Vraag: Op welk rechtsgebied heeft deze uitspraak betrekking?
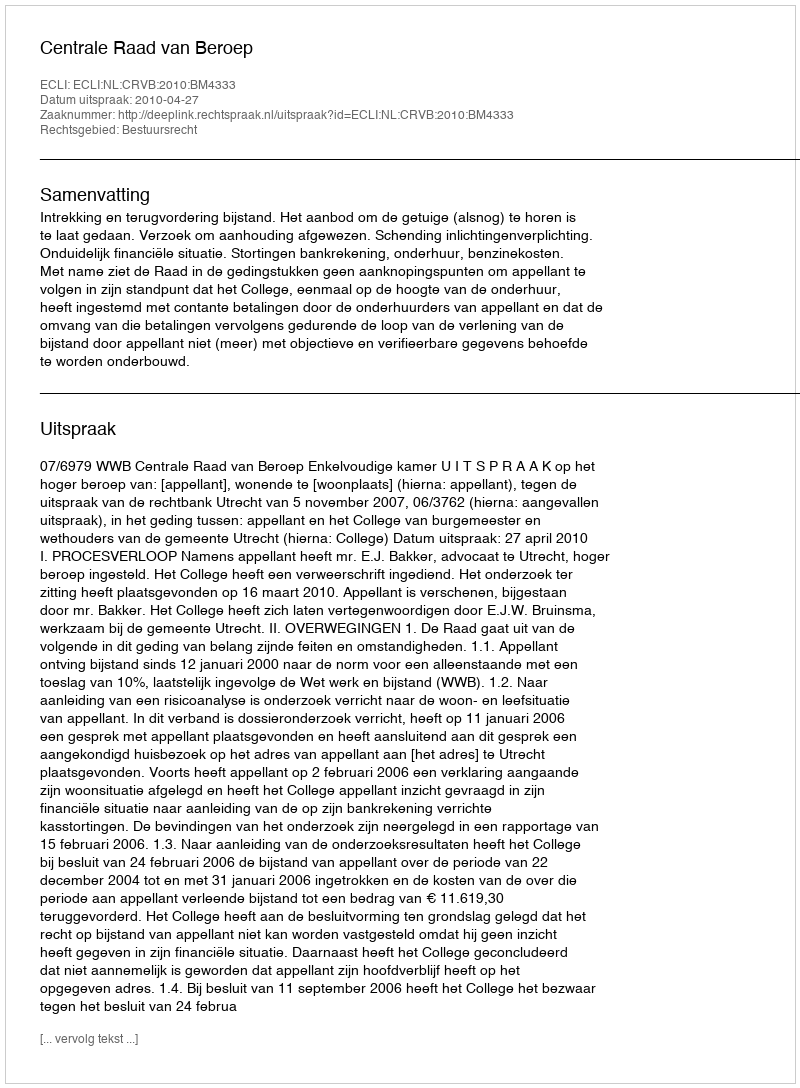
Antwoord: Bestuursrecht